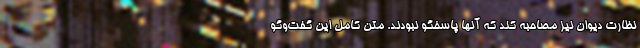
نظارت دیوان نیز مصاحبه کند که آنها پاسخگو نبودند. متن کامل این گفت‌وگو